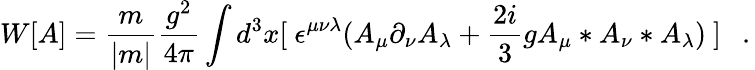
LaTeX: W[A]=\frac{m}{|m|}\frac{g^{2}}{4\pi}\int d^{3}x[~\epsilon^{\mu\nu\lambda}(A_{\mu}\partial_{\nu}A_{\lambda}+\frac{2i}{3}gA_{\mu}*A_{\nu}*A_{\lambda})~]~~~.\,